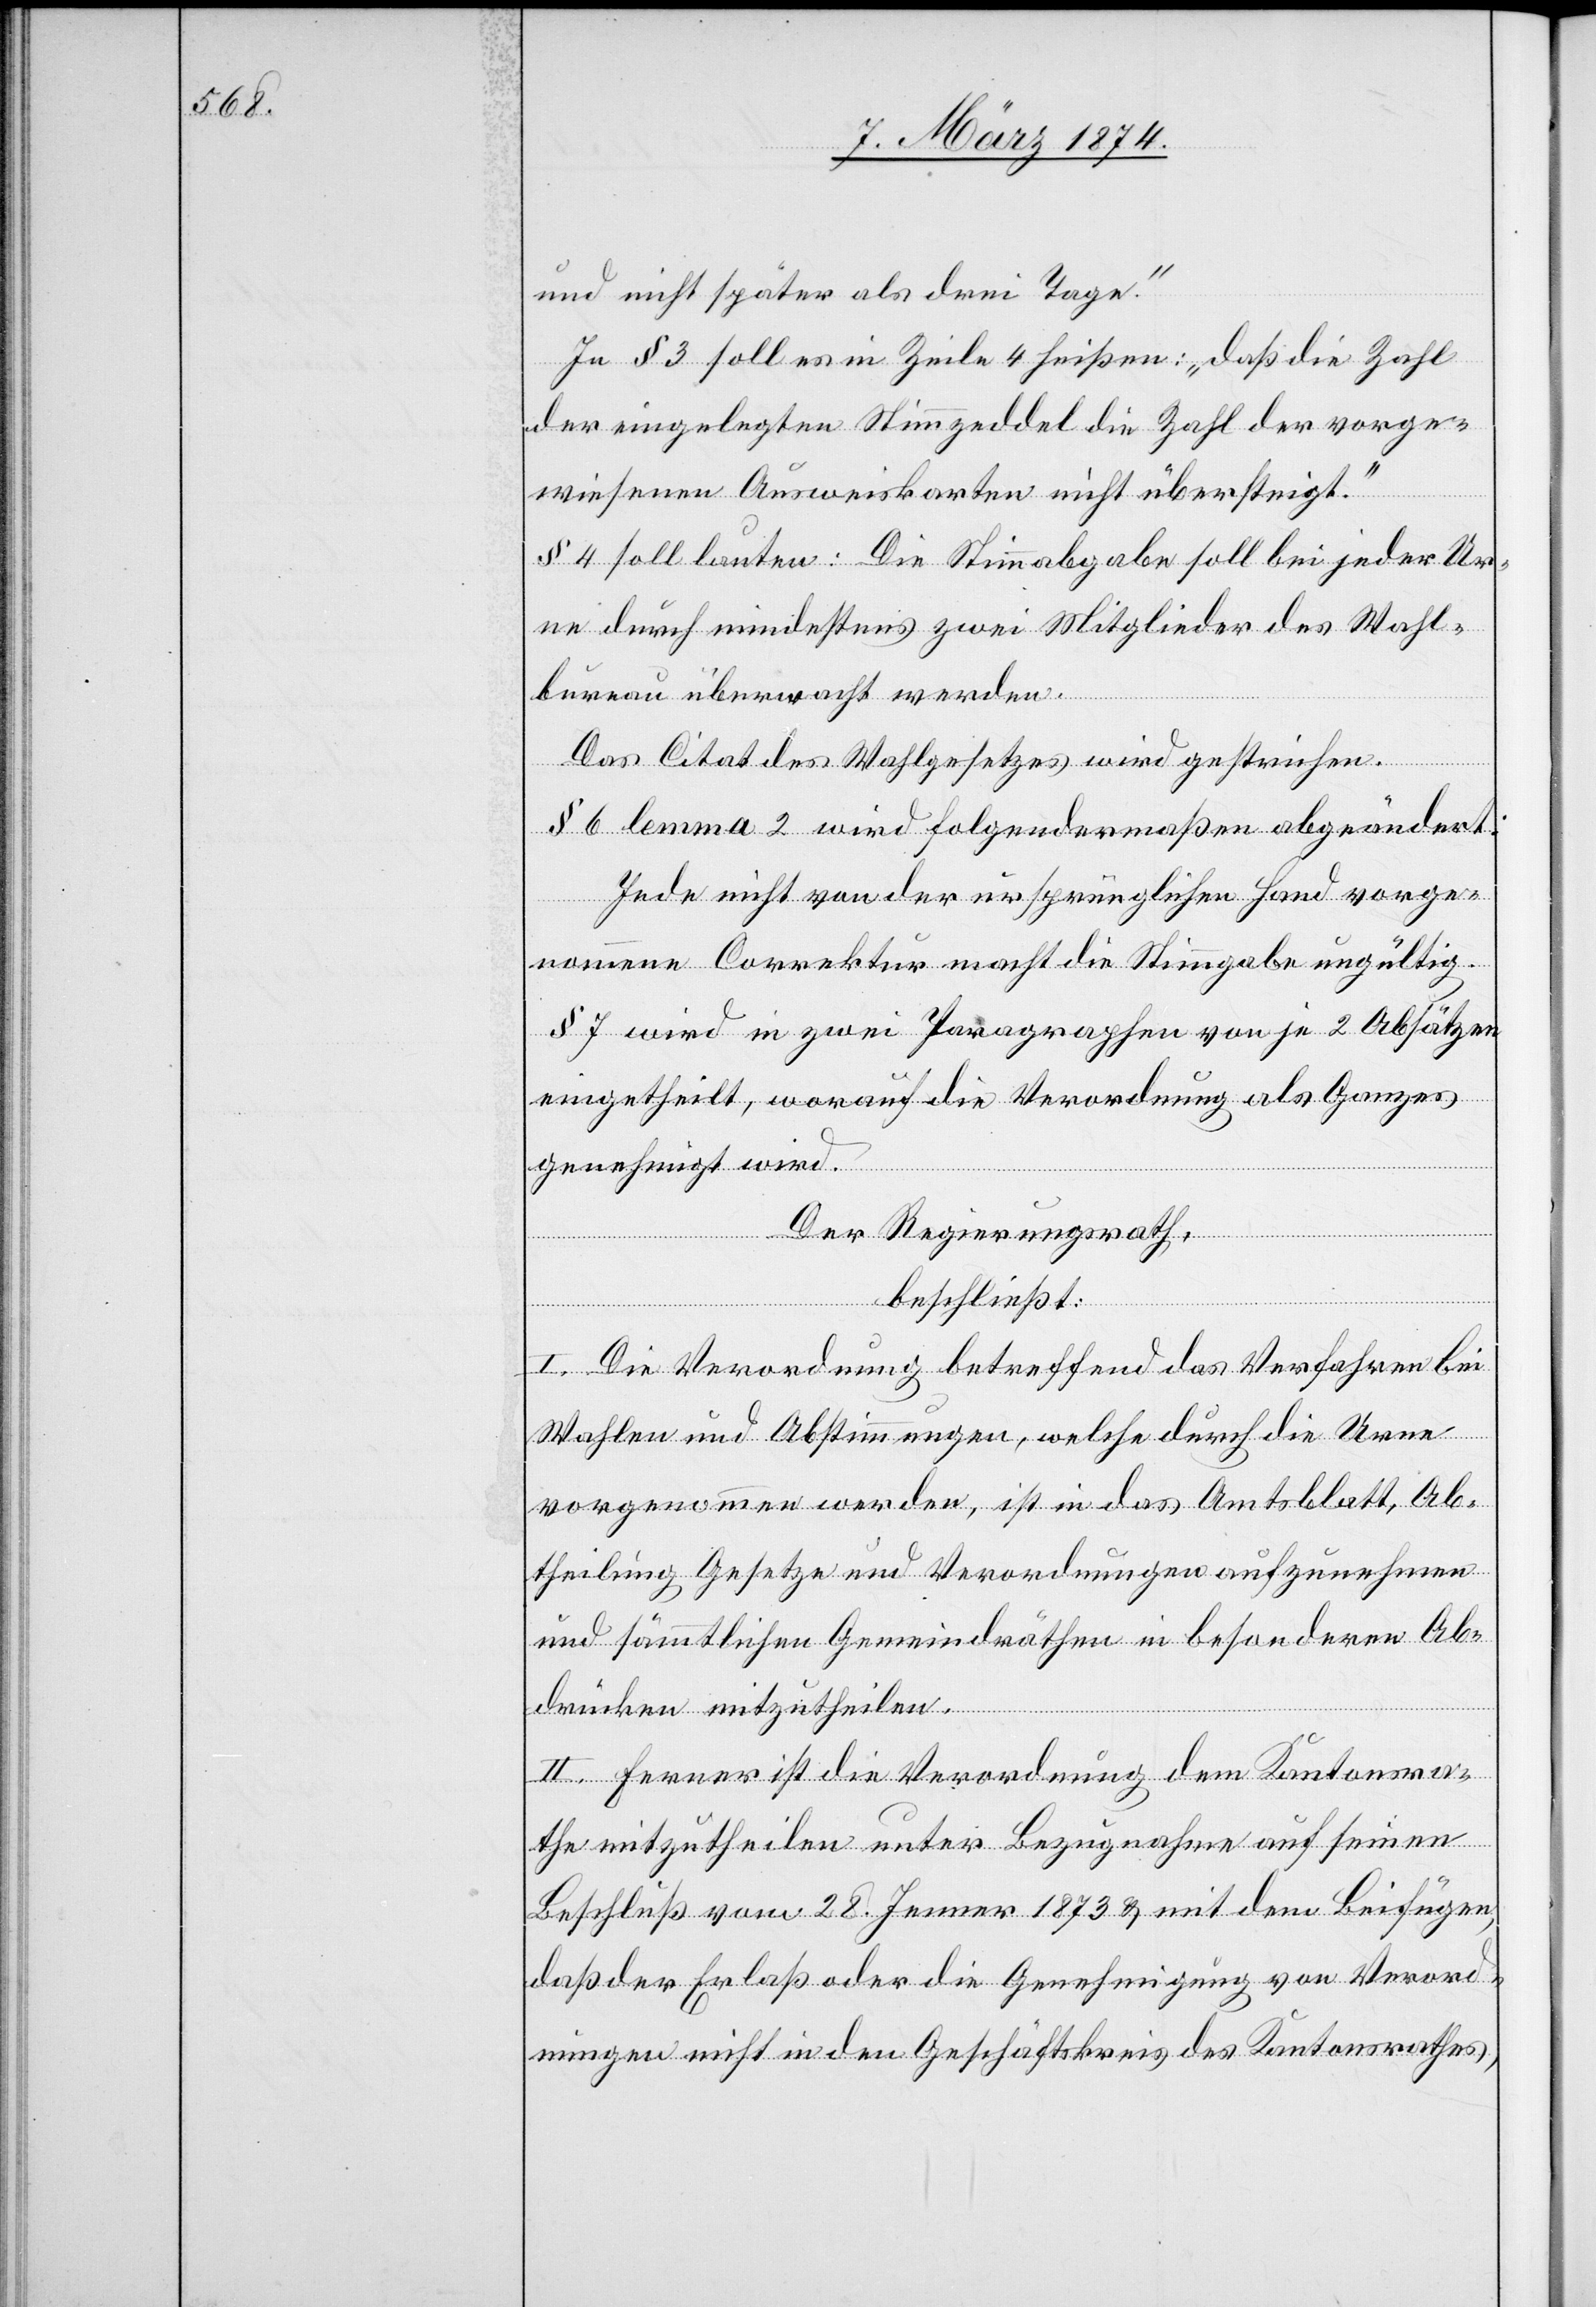
und nicht später als drei Tage.“
In § 3 soll es in Zeile 4 heißen: „daß die Zahl
der eingelegten Stimmzeddel die Zahl der vorge¬
wiesenen Ausweiskarten nicht übersteigt.“
§ 4 soll lauten: Die Stimmabgabe soll bei jeder Ur¬
ne durch mindestens zwei Mitglieder des Wahl¬
bureau überwacht werden.
Das Citat des Wahlgesetzes wird gestrichen.
§ 6 lemma 2 wird folgendermaßen abgeändert:
Jede nicht von der ursprünglichen Hand vorge¬
nommene Correktur macht die Stimmgabe ungültig.
§ 7 wird in zwei Paragraphen von je 2 Absätzen
eingetheilt, worauf die Verordnung als Ganzes
genehmigt wird.
Der Regierungsrath,
beschließt:
I. Die Verordnung betreffend das Verfahren bei
Wahlen und Abstimmungen, welche durch die Urne
vorgenommen werden, ist in das Amtsblatt, Ab¬
theilung Gesetze und Verordnungen aufzunehmen
und sämmtlichen Gemeindräthen in besonderen Ab¬
drücken mitzutheilen.
II. Ferner ist die Verordnung dem Kantonsra¬
the mitzutheilen unter Bezugnahme auf seinen
Beschluß vom 28. Jenner 1873 u. mit dem Beifügen
daß der Erlaß oder die Genehmigung von Verord¬
nungen nicht in den Geschäftskreis des Kantonsrathes,